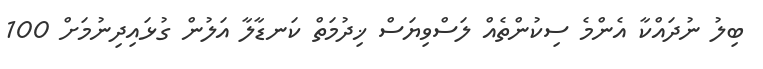
ބިލު ނުދައްކާ އެންމެ ސިކުންތެއް ލަސްވިޔަސް ޚިދުމަތް ކަނޑާލާ އަލުން ގުޅައިދިނުމަށް 100